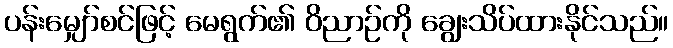
ပန်းမျှော်စင်ဖြင့် မေရွက်၏ ဝိညာဉ်ကို ချွေးသိပ်ထားနိုင်သည်။